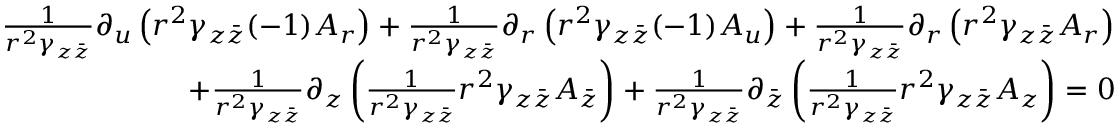
\begin{array} { r } { \frac { 1 } { r ^ { 2 } \gamma _ { z \bar { z } } } \partial _ { u } \left( r ^ { 2 } \gamma _ { z \bar { z } } ( - 1 ) A _ { r } \right) + \frac { 1 } { r ^ { 2 } \gamma _ { z \bar { z } } } \partial _ { r } \left( r ^ { 2 } \gamma _ { z \bar { z } } ( - 1 ) A _ { u } \right) + \frac { 1 } { r ^ { 2 } \gamma _ { z \bar { z } } } \partial _ { r } \left( r ^ { 2 } \gamma _ { z \bar { z } } A _ { r } \right) } \\ { + \frac { 1 } { r ^ { 2 } \gamma _ { z \bar { z } } } \partial _ { z } \left( \frac { 1 } { r ^ { 2 } \gamma _ { z \bar { z } } } r ^ { 2 } \gamma _ { z \bar { z } } A _ { \bar { z } } \right) + \frac { 1 } { r ^ { 2 } \gamma _ { z \bar { z } } } \partial _ { \bar { z } } \left( \frac { 1 } { r ^ { 2 } \gamma _ { z \bar { z } } } r ^ { 2 } \gamma _ { z \bar { z } } A _ { z } \right) = 0 } \end{array}